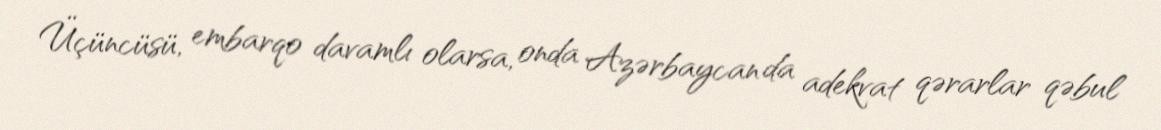
Üçüncüsü, embarqo davamlı olarsa, onda Azərbaycan da adekvat qərarlar qəbul